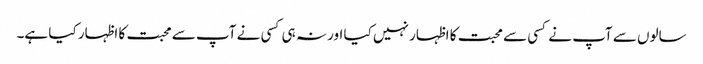
سالوں سے آپ نے کسی سے محبت کا اظہار نہیں کیا اور نہ ہی کسی نے آپ سے محبت کا اظہار کیا ہے۔